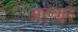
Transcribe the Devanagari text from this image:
अल्‍वार